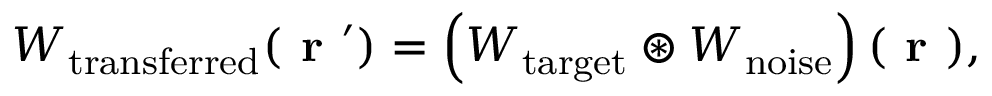
W _ { \mathrm { t r a n s f e r r e d } } ( \textbf { r } ^ { \prime } ) = \left( W _ { \mathrm { t a r g e t } } \circledast W _ { \mathrm { n o i s e } } \right) ( \textbf { r } ) ,